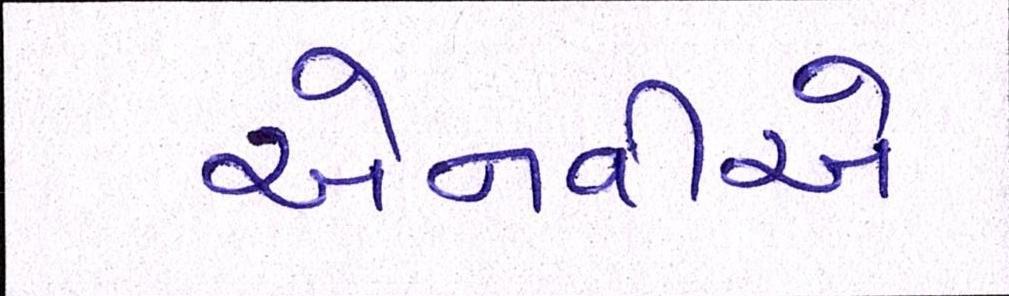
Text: એનવીએ